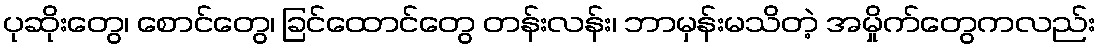
ပုဆိုးတွေ၊ စောင်တွေ၊ ခြင်ထောင်တွေ တန်းလန်း၊ ဘာမှန်းမသိတဲ့ အမှိုက်တွေကလည်း